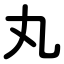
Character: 丸